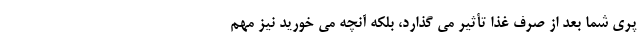
پُری شما بعد از صرف غذا تأثیر می گذارد، بلکه آنچه می خورید نیز مهم